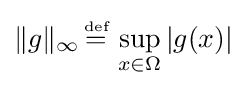
\|g\|_{\infty }\,{\stackrel {\scriptscriptstyle {\text{def}}}{=}}\,\sup _{x\in \Omega }|g(x)|